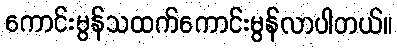
ကောင်းမွန်သထက်ကောင်းမွန်လာပါတယ်။